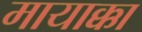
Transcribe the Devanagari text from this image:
मायाक्का